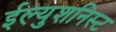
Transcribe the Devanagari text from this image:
ईल्युशनिस्ट